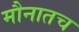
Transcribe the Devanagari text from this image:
मौनातच